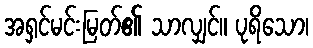
အရှင်မင်းမြတ်၏ သာလျှင်။ ပုရိသော၊